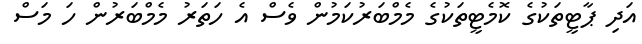
އަދި ޕާޓީތަކުގެ ކޮމެޓީތަކުގެ މެމްބަރުކަމުން ވެސް އެ ހަތަރު މެމްބަރުން ހަ މަސް